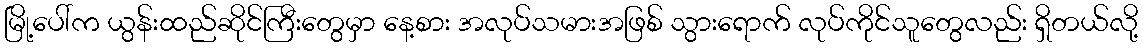
မြို့ပေါ်က ယွန်းထည်ဆိုင်ကြီးတွေမှာ နေ့စား အလုပ်သမားအဖြစ် သွားရောက် လုပ်ကိုင်သူတွေလည်း ရှိတယ်လို့